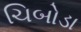
ચિબોડા